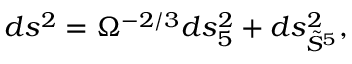
d s ^ { 2 } = \Omega ^ { - 2 / 3 } d s _ { 5 } ^ { 2 } + d s _ { \tilde { S } ^ { 5 } } ^ { 2 } ,